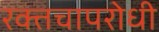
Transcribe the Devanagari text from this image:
रक्तचापरोधी